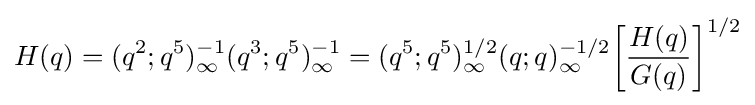
H(q)=(q^{2};q^{5})_{\infty }^{-1}(q^{3};q^{5})_{\infty }^{-1}=(q^{5};q^{5})_{\infty }^{1/2}(q;q)_{\infty }^{-1/2}{\biggl [}{\frac {H(q)}{G(q)}}{\biggr ]}^{1/2}